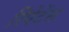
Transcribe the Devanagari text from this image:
रिपेंटेंस